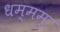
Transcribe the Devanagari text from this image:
धम्मम्